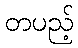
တပည့်